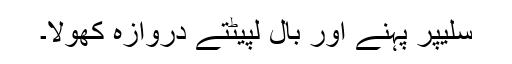
سلیپر پہنے اور بال لپیٹتے دروازہ کھولا۔